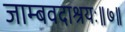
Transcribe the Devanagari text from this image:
जाम्बवदाश्रयः॥७॥